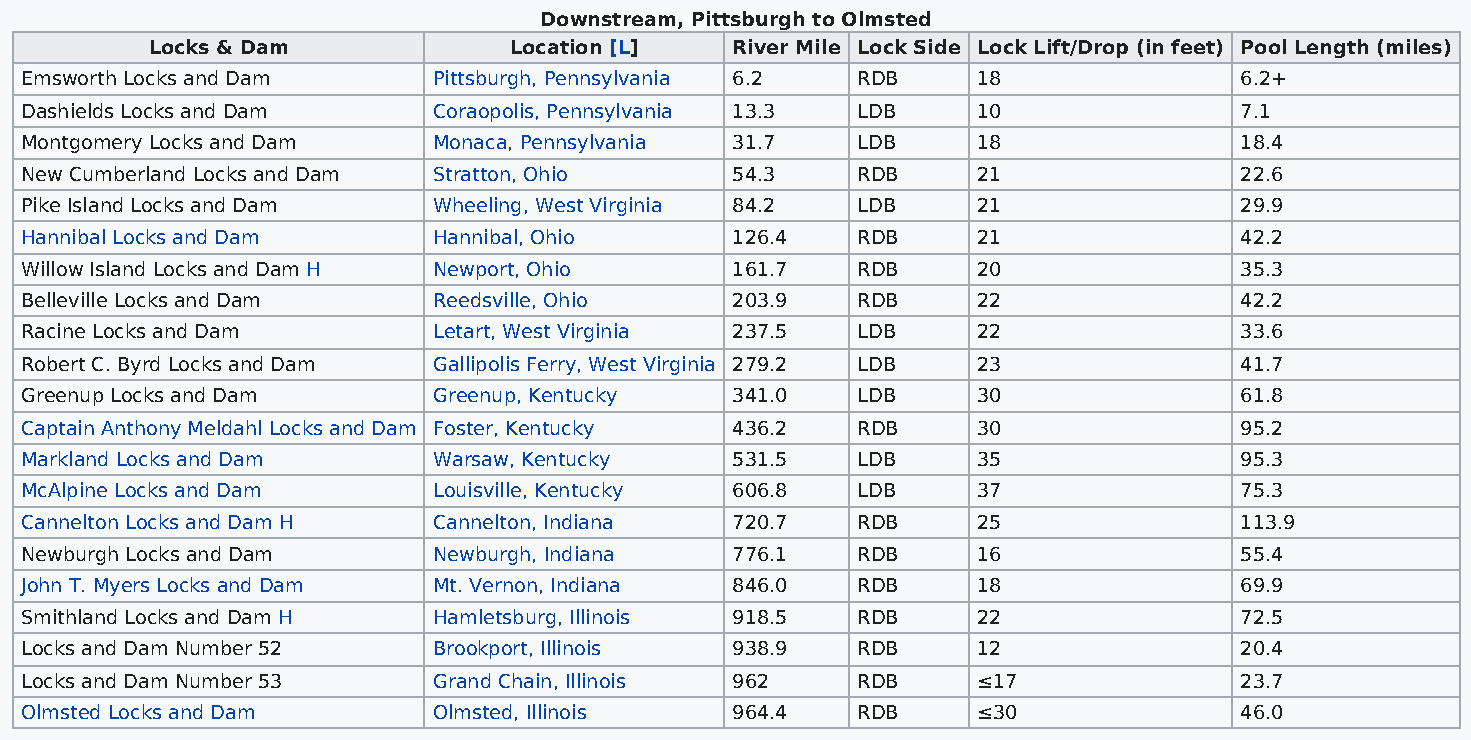
Downstream, Pittsburgh to Olmsted
 Locks & Dam             Location [L]  River Mile Lock Side Lock Lift/Drop (in feet) Pool Length (miles)
 Emsworth Locks and Dam      Pittsburgh, Pennsylvania 6.2 RDB    18               6.2+
 Dashields Locks and Dam     Coraopolis, Pennsylvania 13.3 LDB   10               7.1
 Montgomery Locks and Dam    Monaca, Pennsylvania 31.7   LDB     18               18.4
 New Cumberland Locks and Dam Stratton, Ohio    54.3     RDB     21               22.6
 Pike Island Locks and Dam   Wheeling, West Virginia 84.2 LDB    21               29.9
 Hannibal Locks and Dam      Hannibal, Ohio     126.4    RDB     21               42.2
 Willow Island Locks and Dam H Newport, Ohio    161.7    RDB     20               35.3
 Belleville Locks and Dam    Reedsville, Ohio   203.9    RDB     22               42.2
 Racine Locks and Dam        Letart, West Virginia 237.5 LDB     22               33.6
 Robert C. Byrd Locks and Dam Gallipolis Ferry, West Virginia 279.2 LDB 23        41.7
 Greenup Locks and Dam       Greenup, Kentucky  341.0    LDB     30               61.8
 Captain Anthony Meldahl Locks and Dam Foster, Kentucky 436.2 RDB 30              95.2
 Markland Locks and Dam      Warsaw, Kentucky   531.5    LDB     35               95.3
 McAlpine Locks and Dam      Louisville, Kentucky 606.8  LDB     37               75.3
 Cannelton Locks and Dam H   Cannelton, Indiana 720.7    RDB     25               113.9
 Newburgh Locks and Dam      Newburgh, Indiana  776.1    RDB     16               55.4
 John T. Myers Locks and Dam Mt. Vernon, Indiana 846.0   RDB     18               69.9
 Smithland Locks and Dam H   Hamletsburg, Illinois 918.5 RDB     22               72.5
 Locks and Dam Number 52     Brookport, Illinois 938.9   RDB     12               20.4
 Locks and Dam Number 53     Grand Chain, Illinois 962   RDB     ≤17              23.7
 Olmsted Locks and Dam       Olmsted, Illinois  964.4    RDB     ≤30              46.0